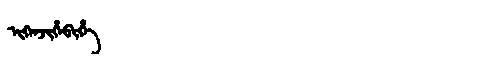
Manchu: ᠨᡳᡴᡝᠨᠵᡳᡥᡝᠪᡳᡥᡝ
Romanization: NIKENJIHEBIHE